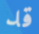
قد